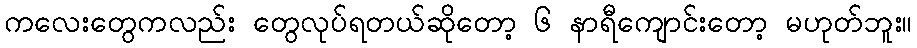
ကလေးတွေကလည်း တွေလုပ်ရတယ်ဆိုတော့ ၆ နာရီကျောင်းတော့ မဟုတ်ဘူး။